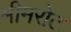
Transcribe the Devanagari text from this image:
मीमरोट